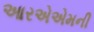
આરએએમની